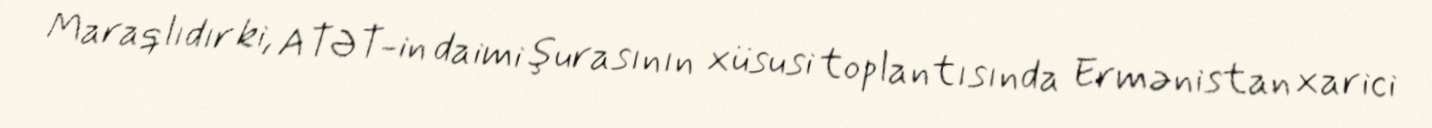
Maraqlıdır ki, ATƏT-in daimi şurasının xüsusi toplantısında Ermənistan xarici